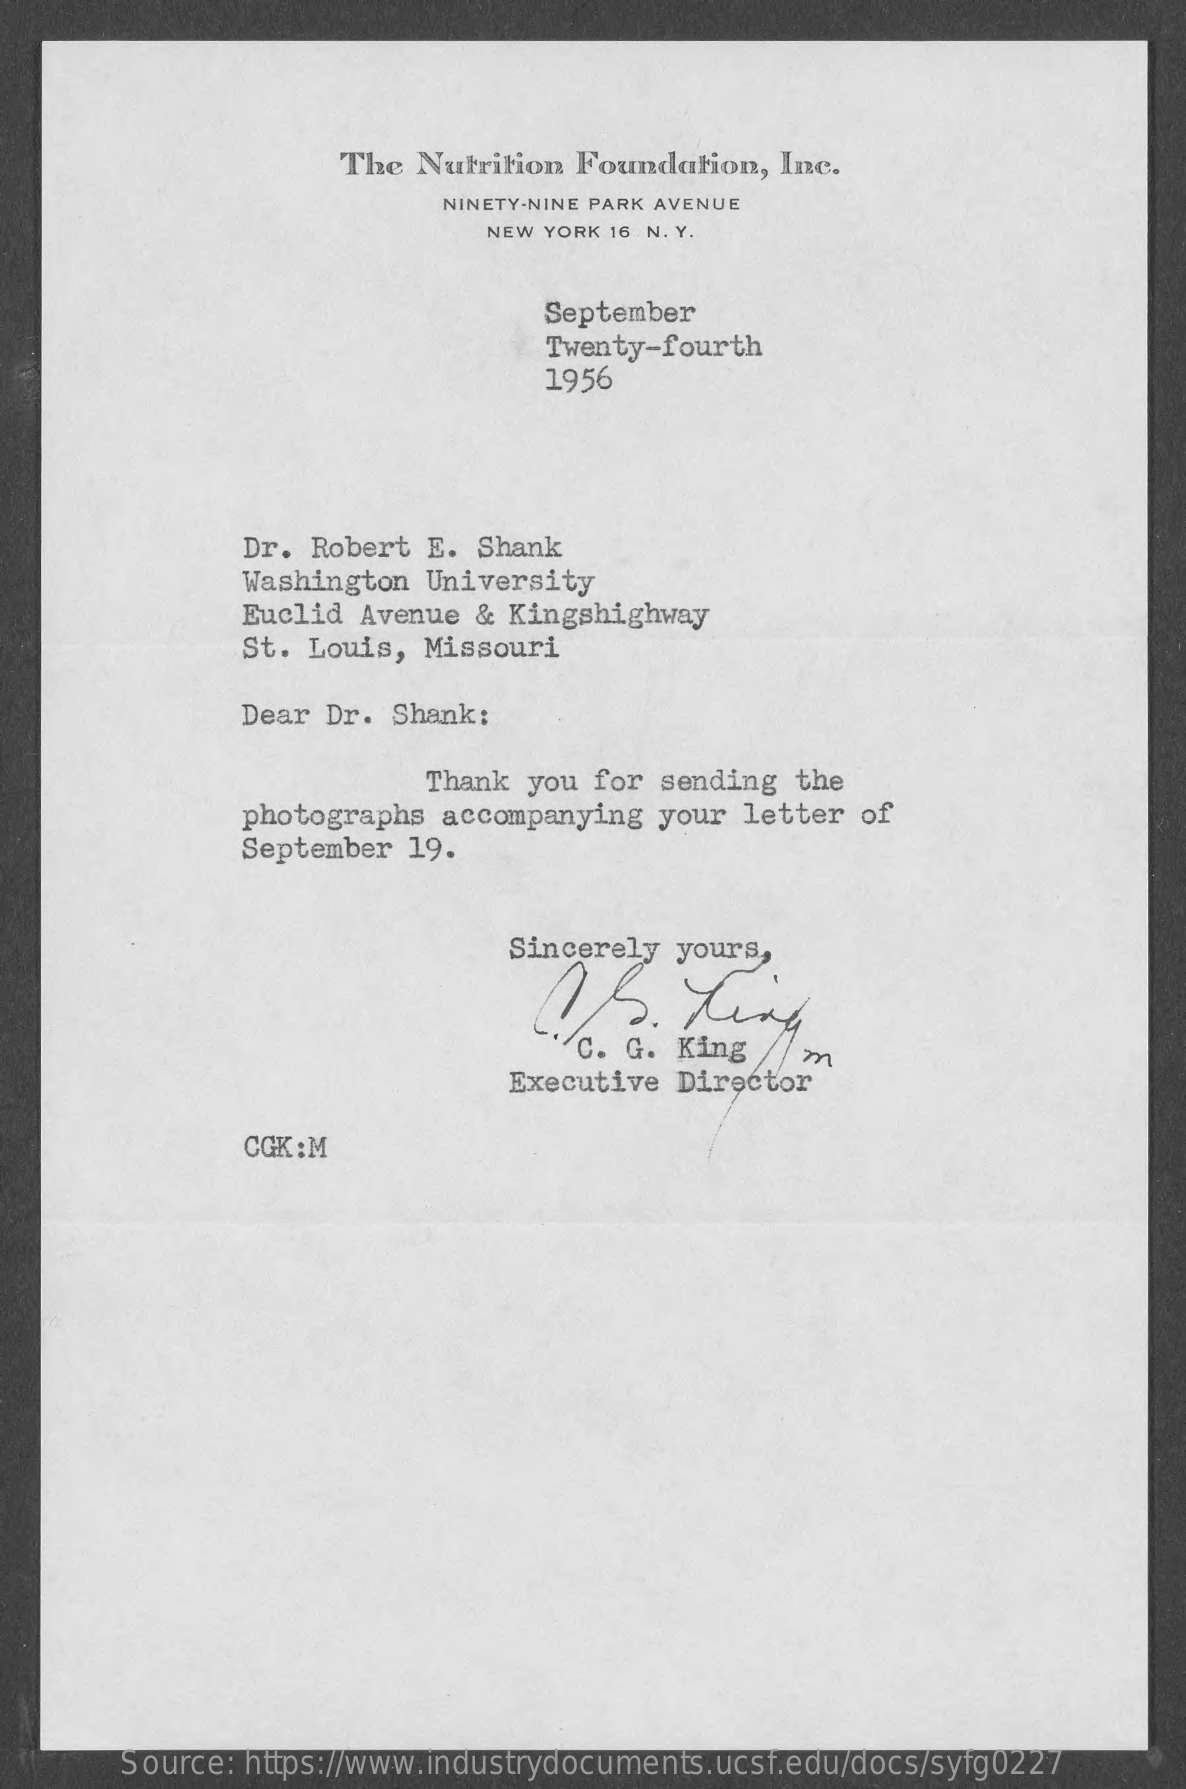
The Nutrition Foundation,  Inc.
     NINETY-NINE PARK AVENUE
     NEW YORK 16 N. Y.
     September
     Twenty-fourth
     1956
     Dr. Robert  E. Shank
     Washington  University
     Euclid  Avenue & Kingshighway
     St. Louis,  Missouri
     Dear Dr. Shank:
     Thank you for sending  the
     photographs  accompanying your  letter of
     September  19.
     Sincerely yours,
     Of.    Ling
     C. G. King
     Executive Director
     CGK:M
     Source: https://www.industrydocuments.ucsf.edu/docs/syfg0227